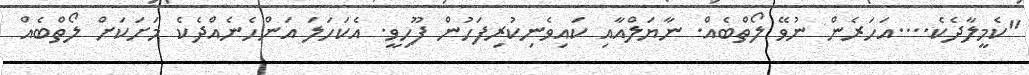
"ކެމީލާދެކެ....އަހަރެން ނުވޭ ލޯތްބެއް. ނާޔަލްއާއި ކައިވެނިކުރިފަހުން ފޫހިވީ. އެކަހަލަ އަންހެނެއްދެކެ މަށަކަށް ލޯތްބެއް